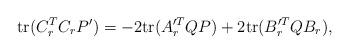
LaTeX: \begin{align*}{\rm tr}(C_r^TC_rP') = -2 {\rm tr}(A_r'^TQP)+2{\rm tr}(B_r'^TQB_r), \end{align*}